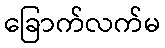
ခြောက်လက်မ